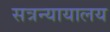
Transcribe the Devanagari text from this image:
सत्रन्यायालय